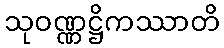
သုဝဏ္ဏဋ္ဌိကဿာတိ